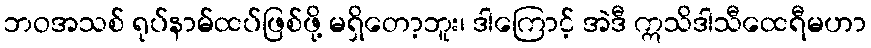
ဘဝအသစ် ရုပ်နာမ်ထပ်ဖြစ်ဖို့ မရှိတော့ဘူး၊ ဒါကြောင့် အဲဒီ ဣသိဒါသီထေရီမဟာ